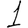
Digit: 1